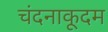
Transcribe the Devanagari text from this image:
चंदनाकूदम